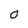
Character: 0